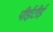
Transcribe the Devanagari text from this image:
पीईटीई